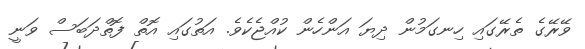
ވޭރޭގެ ތެރޭގައި ހިނގަމުން ދިޔަ އަންހެން ކުއްޖެކެވެ. އަތުގައި އޮތް ފޮތްދަބަސް ވަނީ